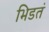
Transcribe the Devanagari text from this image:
भिडतं